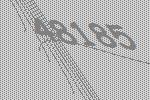
48185